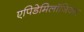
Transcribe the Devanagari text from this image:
एपिडेमिलॉजिक्स